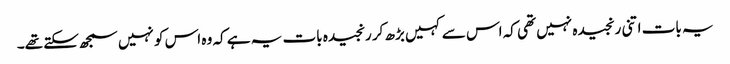
یہ بات اتنی رنجیدہ نہیں تھی کہ اس سے کہیں بڑھ کر رنجیدہ بات یہ ہے کہ وہ اس کو نہیں سمجھ سکتے تھے۔